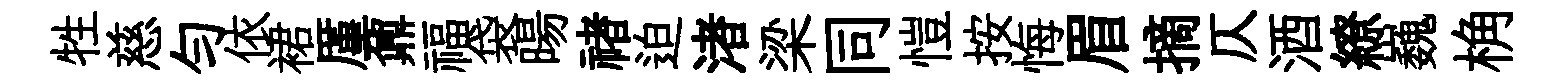
牲慈匀依裙厪鼐福袋暘禇迫渚梁同愷按悔眉摘仄酒繚巍桷